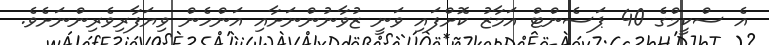
އެ ސްކީމްގެ 40 ޕަސެންޓް އަމާޒު ކޮށްފައި ވަނީ ޒުވާނުންނަށާއި އަންހެން ވިޔަފާރިވެރިންނަށެވެ.